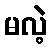
မလဲ့